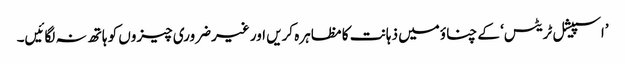
’اسپیشل ٹریٹس‘ کے چناؤمیں ذہانت کا مظاہرہ کریں اور غیرضروری چیزوں کو ہاتھ نہ لگائیں۔